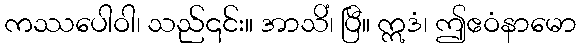
ကဿပေါဝါ၊ သည်၎င်း။ အာသိံ၊ ပြီ။ ဣဒံ၊ ဤဧဝံနာမော